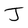
Character: J